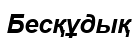
Бесқұдық